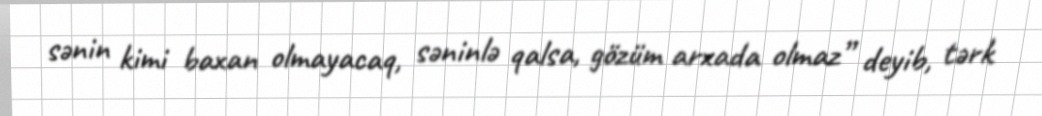
sənin kimi baxan olmayacaq, səninlə qalsa, gözüm arxada olmaz” deyib, tərk